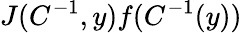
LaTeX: J(C^{-1},y)f(C^{-1}(y))